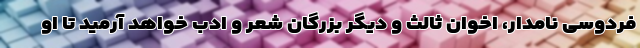
فردوسی نامدار، اخوان ثالث و دیگر بزرگان شعر و ادب خواهد آرمید تا او